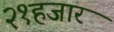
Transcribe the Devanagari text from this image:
२१हजार